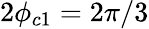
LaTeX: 2\phi_{c1}=2\pi/3